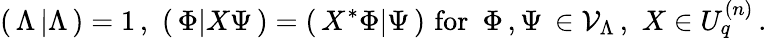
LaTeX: (\, \Lambda\, \vert\Lambda\, )=1\, ,\, \, (\, \Phi\vert X\Psi\, )=(\, X^{*}\Phi\vert\Psi\, )\, \, \mathrm{for}\, \, \, \Phi\, ,\Psi\, \in{\cal V}_{\Lambda}\, ,\, \, X\in U_{q}^{(n)}\, .